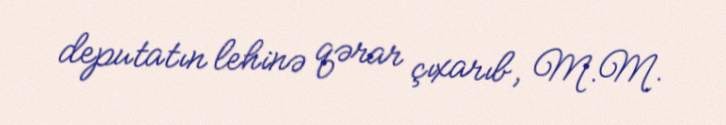
deputatın lehinə qərar çıxarıb, M.M.